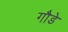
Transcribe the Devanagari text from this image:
गौडे